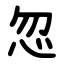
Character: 忽